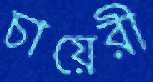
চায়েরী